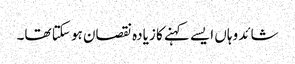
شائد وہاں ایسے کہنے کا زیادہ نقصان ہو سکتا تھا۔